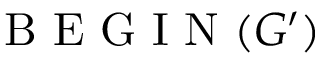
\mathrm { ~ B ~ E ~ G ~ I ~ N ~ } ( G ^ { \prime } )